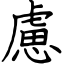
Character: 慮